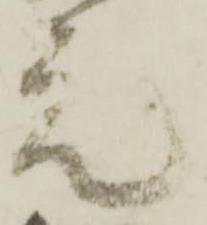
元